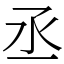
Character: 丞